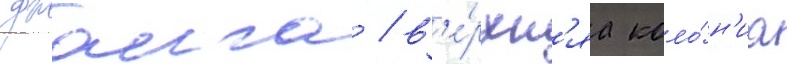
джалга / в'е́рхн'яа коло́н'иа